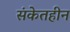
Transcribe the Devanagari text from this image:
संकेतहीन